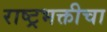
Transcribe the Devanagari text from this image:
राष्ट्रभक्तीचा